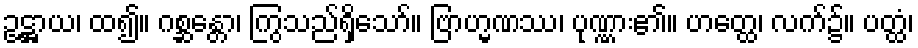
ဥဋ္ဌာယ၊ ထ၍။ ဂစ္ဆန္တော၊ ကြွသည်ရှိသော်။ ဗြာဟ္မဏဿ၊ ပုဏ္ဏား၏။ ဟတ္ထေ၊ လက်၌။ ပတ္ထံ၊